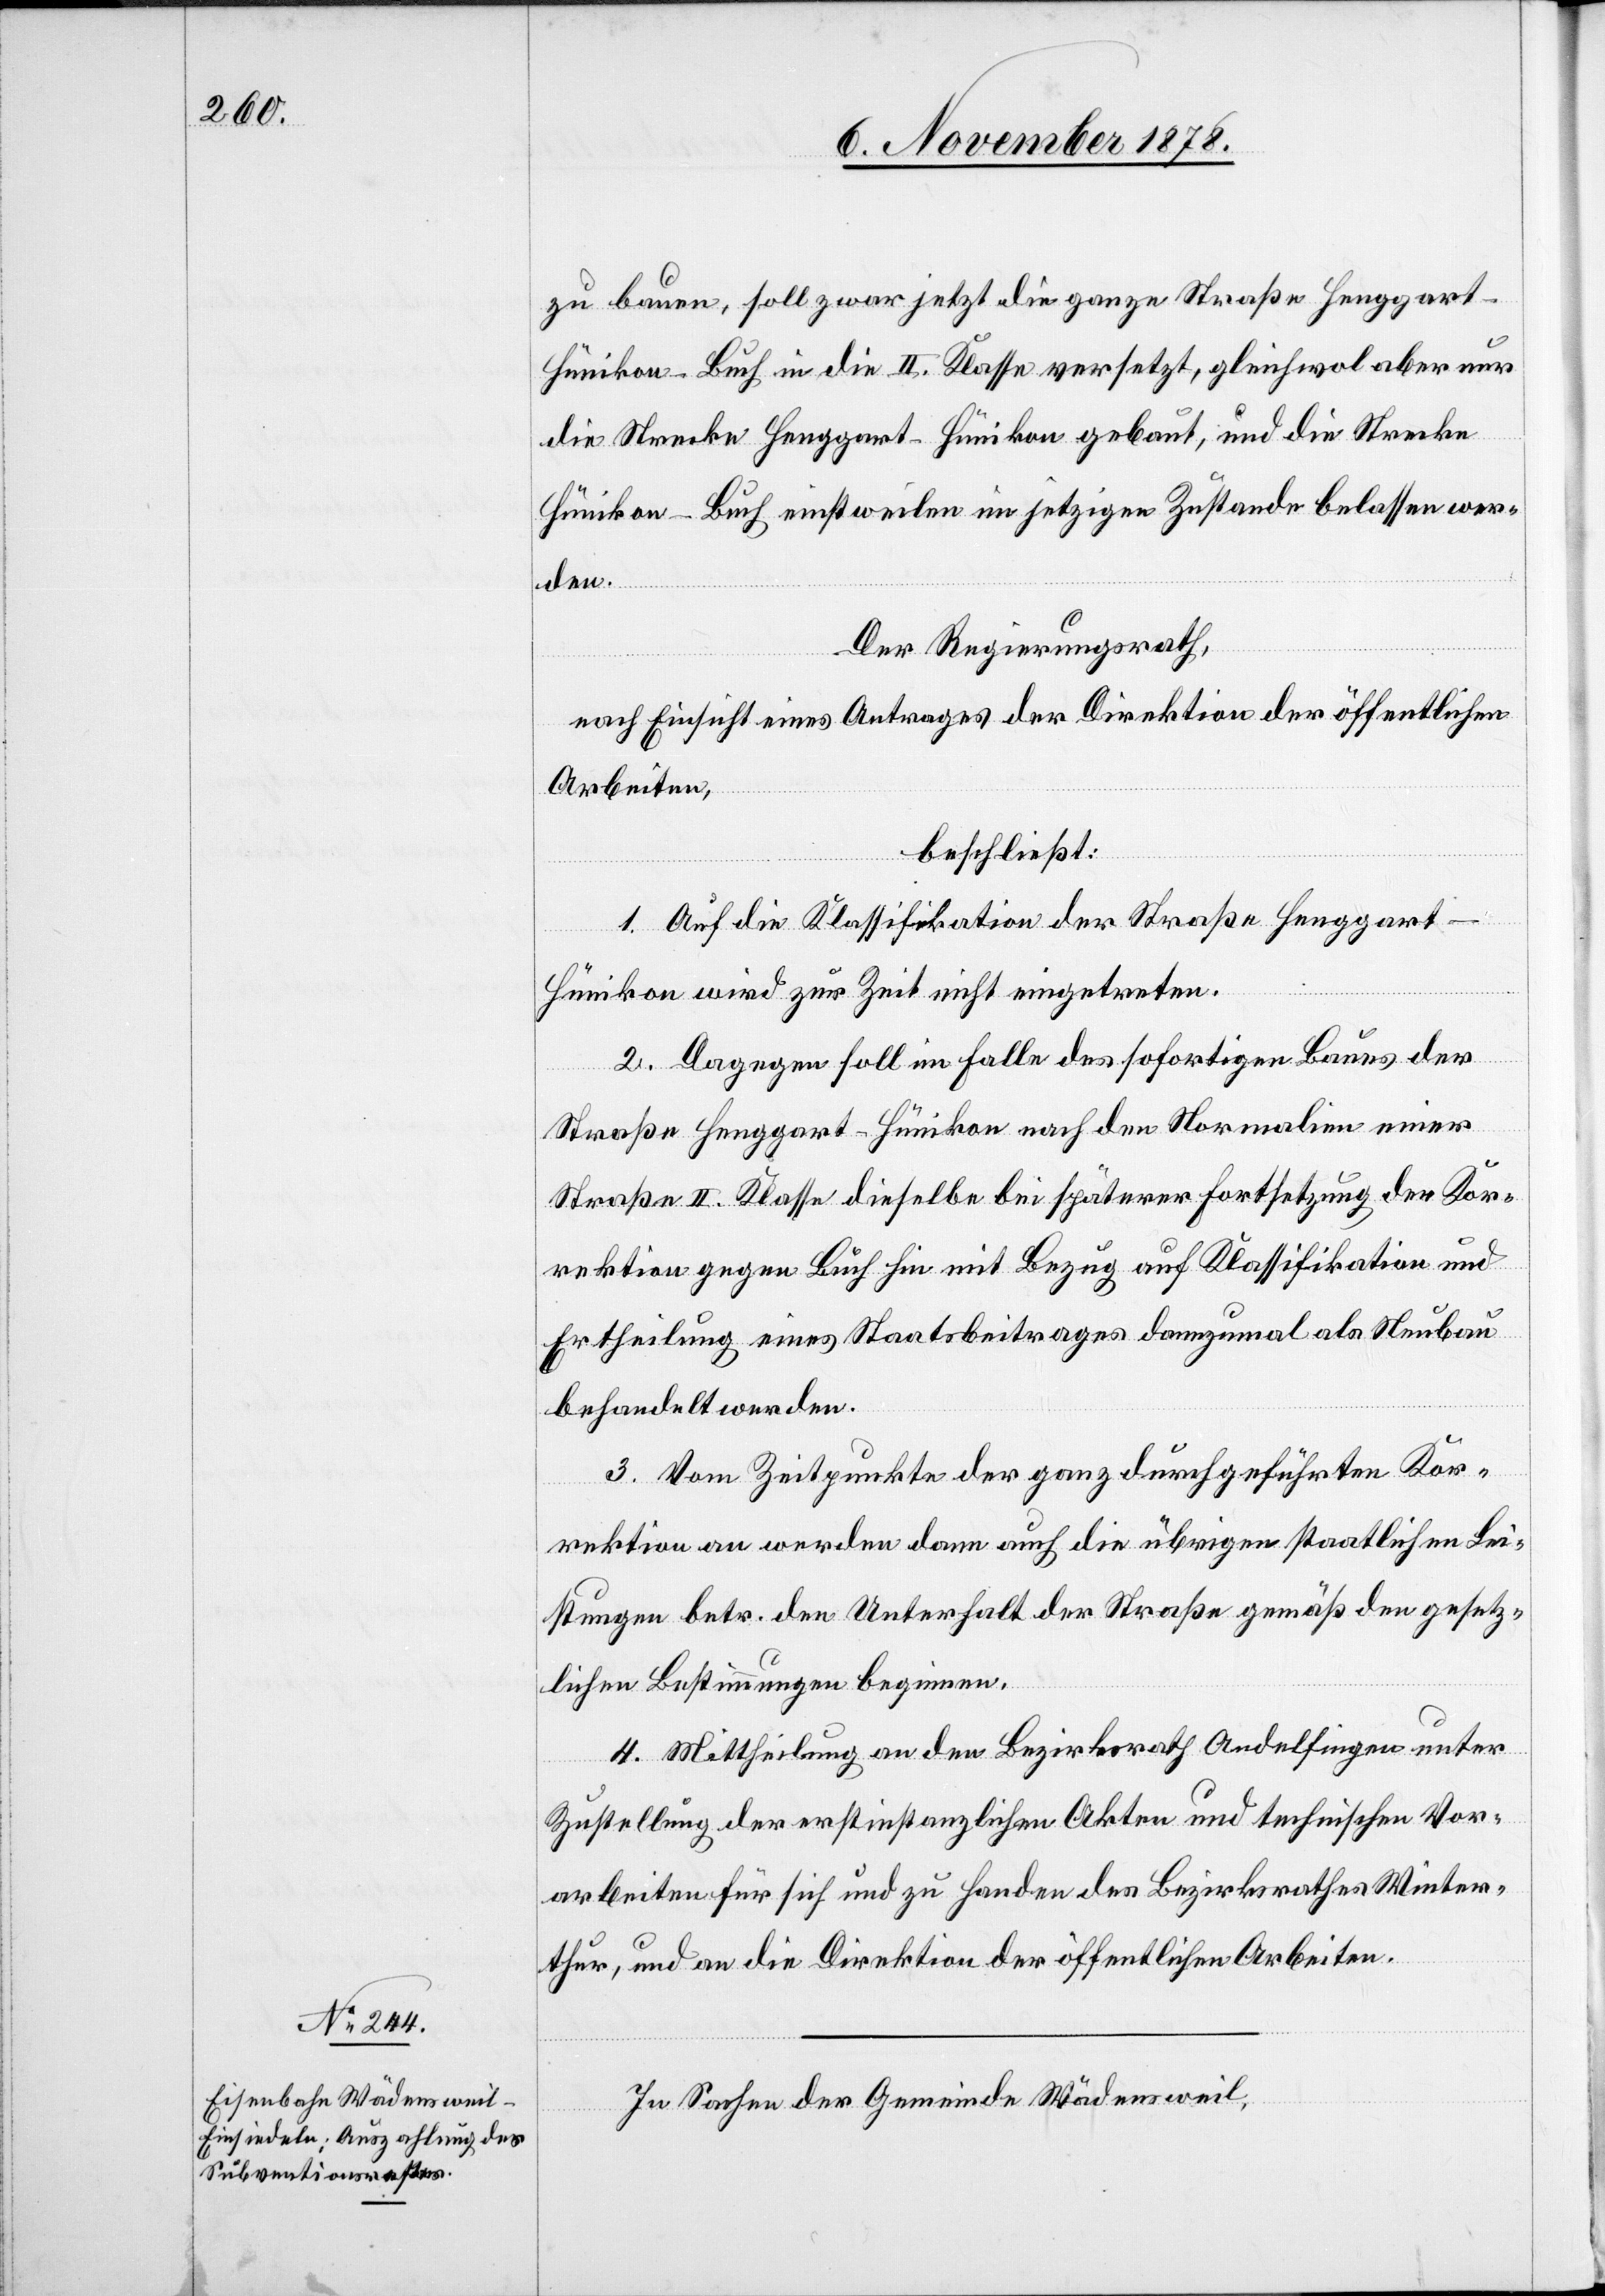
zu bauen, soll zwar jetzt die ganze Straße Henggar¬
t–Hünikon–Buch in die II. Klasse versetzt, gleichwol aber nur
die Strecke Henggart–Hünikon gebaut, und die Strecke
Hünikon–Buch einstweilen im jetzigen Zustande belassen wer¬
den.
Der Regierungsrath,
nach Einsicht eines Antrages der Direktion der öffentlichen
Arbeiten,
beschließt:
1. Auf die Klassifikation der Straße Henggart–H¬
ünikon wird zur Zeit nicht eingetreten.
2. Dagegen soll im Falle des sofortigen Baues der
Straße Henggart–Hünikon nach den Normalien einer
Straße II. Klasse dieselbe bei späterer Fortsetzung der Kor¬
rektion gegen Buch hin mit Bezug auf Klassifikation und
Ertheilung eines Staatsbeitrages dannzumal als Neubau
behandelt werden.
3. Vom Zeitpunkte der ganz durchgeführten Kor¬
rektion an werden dann auch die übrigen staatlichen Lei¬
stungen betr. den Unterhalt der Straße gemäß den gesetz¬
lichen Bestimmungen beginnen.
4. Mittheilung an den Bezirksrath Andelfingen unter
Zustellung der erstinstanzlichen Akten und technischen Vor¬
arbeiten für sich und zu Handen des Bezirksrathes Winter¬
thur, und an die Direktion der öffentlichen Arbeiten.
In Sachen der Gemeinde Wädensweil,